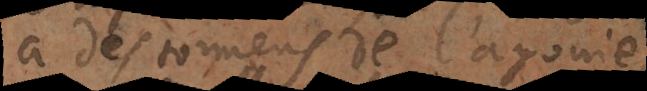
à des tourmens de l’agonie,